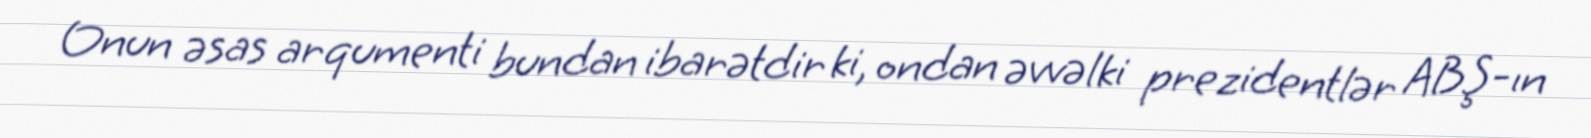
Onun əsas arqumenti bundan ibarətdir ki, ondan əvvəlki prezidentlər ABŞ-ın